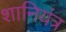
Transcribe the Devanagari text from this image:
शानियंत्र